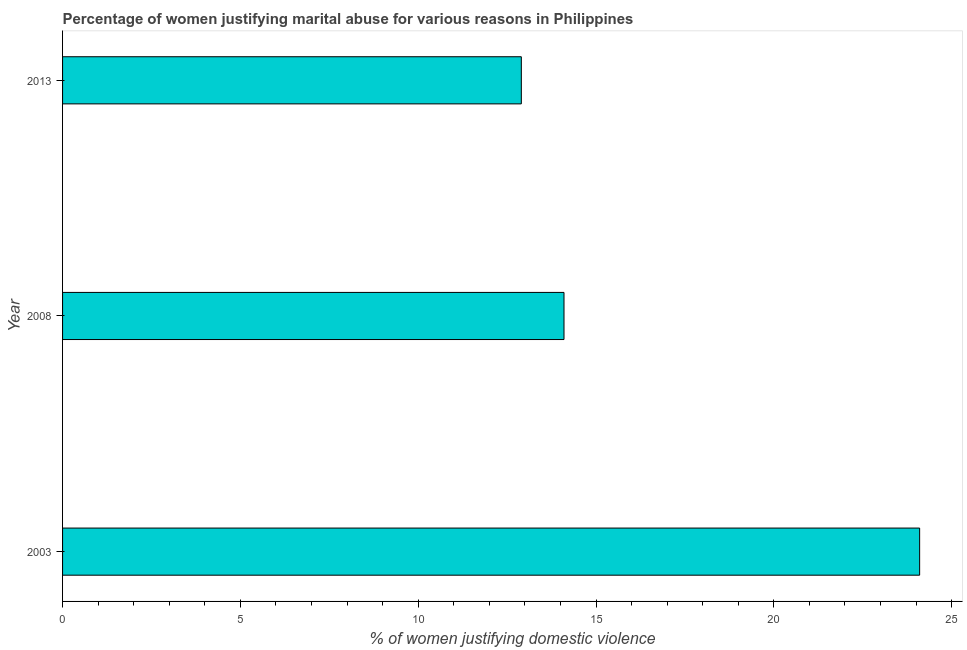
| Year | Physical abuse |
 | --- | --- |
 | 2003 | 24.1 |
 | 2008 | 14.1 |
 | 2013 | 12.9 |